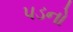
પડનો